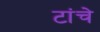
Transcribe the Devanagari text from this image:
टांचे